system: You are a helpful assistant.
user:
Analyze the provided spectrum to determine if it is a **"Cataclysmic Variables (CV)"**.

- **Key Indicators for CV (Check for either state):**
    - **State 1: Quiescent / Low-State (Emission-Dominated)**
        - **(Primary):** Strong and *very broad* Hydrogen Balmer emission lines (e.g., $H\alpha$ at 6563 Å, $H\beta$ at 4861 Å). The 'broadness' (high velocity dispersion, often FWHM > 1000 km/s) is the key diagnostic, indicating a high-velocity accretion disk.
        - **(Secondary):** Broad neutral Helium (He I) emission lines (e.g., 5876 Å, 6678 Å).
        - **(Key Confirmation):** Presence of high-excitation *ionized* Helium (He II) emission at 4686 Å. This is a strong indicator of accretion onto a white dwarf.
        - **(Line Profile):** Emission lines may exhibit a 'double-peaked' profile, which is a classic signature of a rotating accretion disk viewed at high inclination.

    - **State 2: Outburst / High-State (Absorption-Dominated)**
        - **(Primary):** Spectrum is dominated by a bright, blue continuum (looks like a hot star).
        - **(Secondary):** The emission lines from State 1 are weak, absent, or 'filled in', and are replaced by broad, shallow *absorption* lines (primarily Balmer and He I).
        - **(Morphology):** The overall spectrum mimics a hot B/A-type star. The crucial difference is that the absorption lines are significantly broader, shallower, and more 'washed-out' (or 'smeared') than the sharp lines of a normal stellar photosphere, due to high rotational speeds and pressure broadening in the disk.

Think first, call **spectral_visualization_tool** if needed to examine features in detail, then provide your final answer. Your response must adhere to the following strict rules:
1.  **Overall Structure:** Your response must follow the format `<think>...</think> <tool_call>...</tool_call> (if a tool is used) <answer>...</answer>`.
2.  **Tool Usage Constraint:** You may only make **one** tool call per turn.
3.  **Final Answer Format:** In the `<answer>` tag, your conclusion must be inside a `\boxed{}` command (e.g., `\boxed{YES}`), followed by your justification.

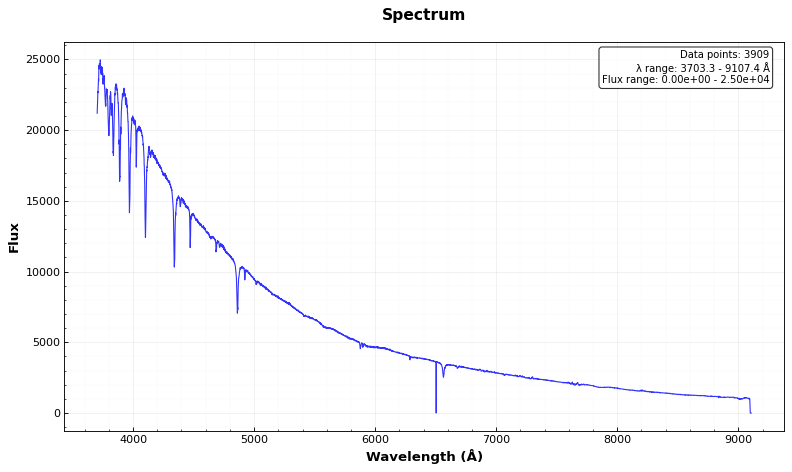
Answer: NO